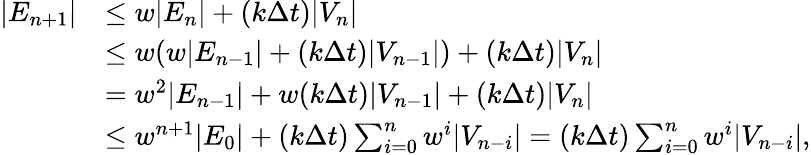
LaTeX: \begin{array}{rl}{|E_{n+1}|}&{\leq w|E_{n}|+(k\Delta t)|V_{n}|}\\ &{\leq w(w|E_{n-1}|+(k\Delta t)|V_{n-1}|)+(k\Delta t)|V_{n}|}\\ &{=w^{2}|E_{n-1}|+w(k\Delta t)|V_{n-1}|+(k\Delta t)|V_{n}|}\\ &{\leq w^{n+1}|E_{0}|+(k\Delta t)\sum_{i=0}^{n}w^{i}|V_{n-i}|=(k\Delta t)\sum_{i=0}^{n}w^{i}|V_{n-i}|,}\end{array}